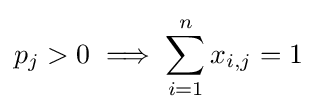
p_{j}>0\implies \sum _{i=1}^{n}x_{i,j}=1